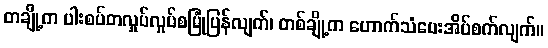
တချို့က ပါးစပ်တလှုပ်လှုပ်စမြုံပြန်လျက်၊ တစ်ချို့က ဟောက်သံပေးအိပ်စက်လျက်။